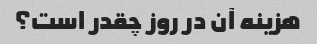
هزینه آن در روز چقدر است؟